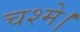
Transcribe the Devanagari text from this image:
चश्मे।